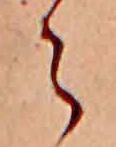
ら